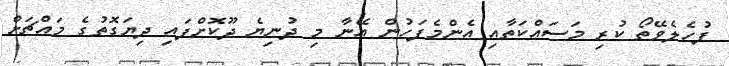
ފުހެލެވޭތޯ ކުރި މަސައްކަތާއި އެންމެފަހުން އޭނާ މި ދުނިޔެ ދޫކޮށްފައި ދިޔަގޮތުގެ މައްޗަށް